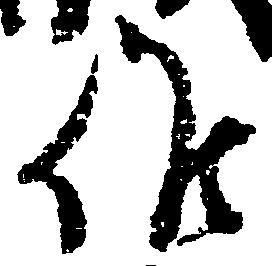
候